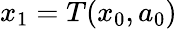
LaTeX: x_{1}=T(x_{0},a_{0})